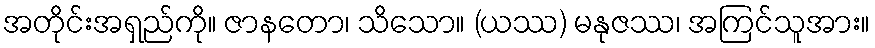
အတိုင်းအရှည်ကို။ ဇာနတော၊ သိသော။ (ယဿ) မနုဇဿ၊ အကြင်သူအား။